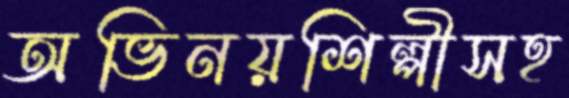
অভিনয়শিল্পীসহ